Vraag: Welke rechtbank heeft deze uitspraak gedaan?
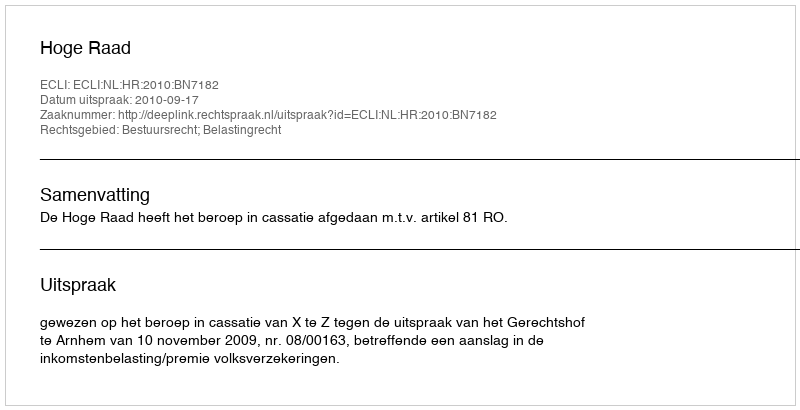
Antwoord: Hoge Raad